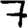
Digit: 7